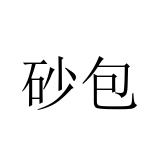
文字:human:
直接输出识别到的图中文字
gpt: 砂包